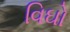
વિઘો